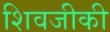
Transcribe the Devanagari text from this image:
शिवजीकी